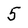
Character: 5